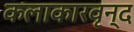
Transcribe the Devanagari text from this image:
कलाकारवृन्द